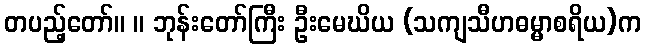
တပည့်တော်။ ။ ဘုန်းတော်ကြီး ဦးမေဃိယ (သကျသီဟဓမ္မာစရိယ)က